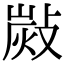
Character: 𢾋